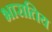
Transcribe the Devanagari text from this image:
भारातिय